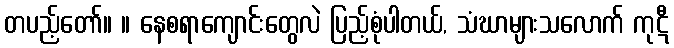
တပည့်တော်။ ။ နေစရာကျောင်းတွေလဲ ပြည့်စုံပါတယ်, သံဃာများသလောက် ကုဋီ